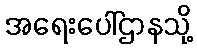
အရေးပေါ်ဌာနသို့